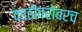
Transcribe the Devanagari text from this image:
काठीबरोबरच